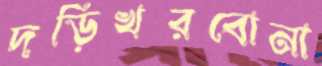
দড়িখরবোনা